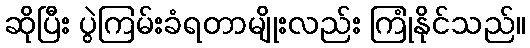
ဆိုပြီး ပွဲကြမ်းခံရတာမျိုးလည်း ကြုံနိုင်သည်။